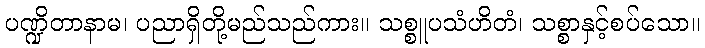
ပဏ္ဍိတာနာမ၊ ပညာရှိတို့မည်သည်ကား။ သစ္စူပသံဟိတံ၊ သစ္စာနှင့်စပ်သော။